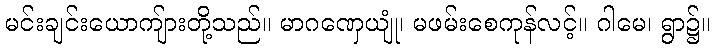
မင်းချင်းယောကျ်ားတို့သည်။ မာဂဏှေယျုံ၊ မဖမ်းစေကုန်လင့်။ ဂါမေ၊ ရွာ၌။